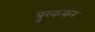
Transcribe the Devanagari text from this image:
बुरककर